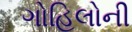
ગોહિલોની